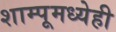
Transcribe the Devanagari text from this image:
शाम्पूमध्येही